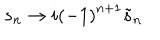
s _ { n } \rightarrow i \left( - 1 \right) ^ { n + 1 } \tilde { s } _ { n }